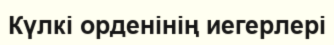
Күлкі орденінің иегерлері